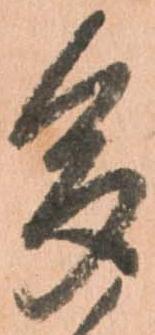
多